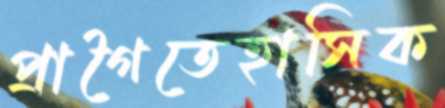
প্রাগৈতেহাসিক